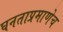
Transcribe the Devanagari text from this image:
घनताप्रमाणेच